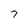
Character: 7